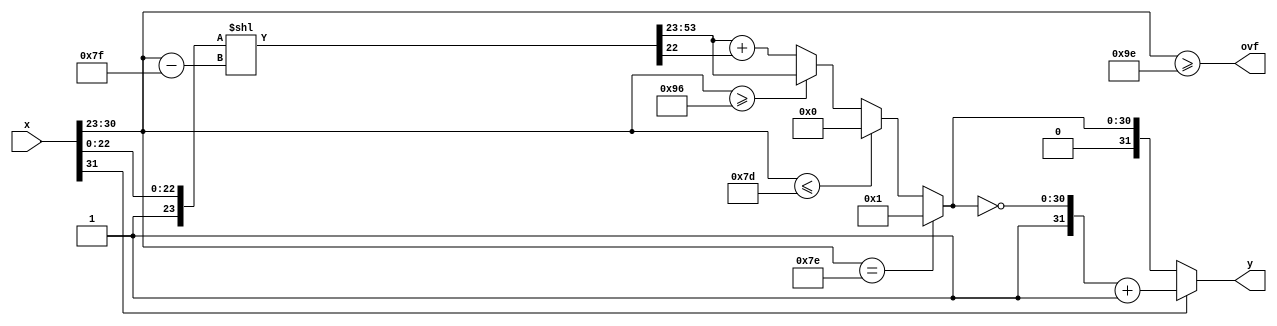
`default_nettype none

module ftoi
   ( input wire [31:0] x,
     output wire [31:0] y,
     output wire ovf);

   // split sequence to each subsequence
   wire s;
   wire [7:0] e;
   wire [22:0] m;
   assign {s, e, m} = x;

   wire [23:0] m1;
   assign m1 = {1'b1, m};

   wire [53:0] shift_m1;
   assign shift_m1 = m1 << (e - 8'd127);

   wire [30:0] i;
   assign i = (e == 8'd126) ? 31'd1 :
              (e <= 8'd125) ? 31'd0 :
              (e >= 8'd150) ? shift_m1[53:23] : shift_m1[53:23] + {30'b0, shift_m1[22]};

   assign ovf = (e >= 8'd158);

   assign y = (s == 0) ? {s, i} : {1'b1, ~i} + 32'd1;

endmodule

`default_nettype wire